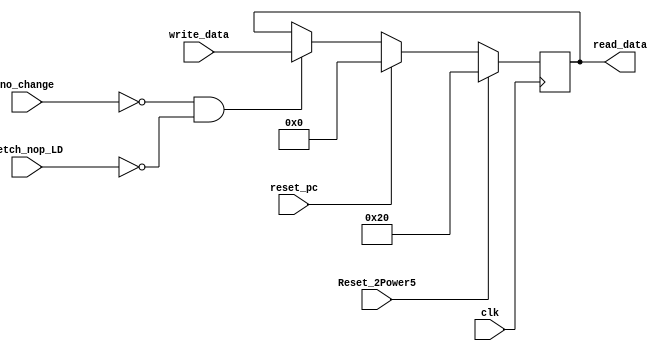
module PC (read_data, write_data,clk,reset_pc,Reset_2Power5,no_change,fetch_nop_LD);//,rst);

	input clk,reset_pc,Reset_2Power5,fetch_nop_LD;//,rst;
	input [31:0] write_data;//as each reg is 16 bits 
	input [1:0]no_change;
	output [31:0]read_data;//as each reg is 16 bits

	reg [31:0]reg_internal;

	assign read_data=reg_internal;	
	always @(negedge clk) begin
		if(Reset_2Power5) begin
			reg_internal = 32'b10_0000;//m.s of that way of 32'b10_0000?
		end 
		else if( reset_pc) begin
			reg_internal = 32'b0;
		end 	 
		else if( no_change == 2'b00 && fetch_nop_LD != 1'b1 )begin
			reg_internal = write_data;	
		end
		//else : do nothing : fix the value of pc
	end

endmodule